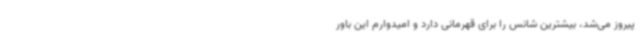
پیروز می‌شد، بیشترین شانس را برای قهرمانی دارد و امیدوارم این باور